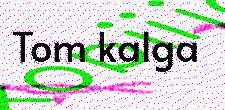
Tom kalga